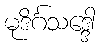
မုဒိင်္ဂသဒ္ဒေါ